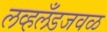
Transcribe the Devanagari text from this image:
लव्हलँडजवळ